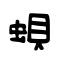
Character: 蛽